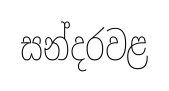
සන්දරවළ